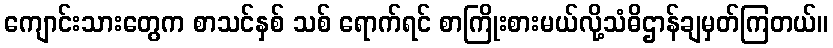
ကျောင်းသားတွေက စာသင်နှစ် သစ် ရောက်ရင် စာကြိုးစားမယ်လို့သံဓိဌာန်ချမှတ်ကြတယ်။